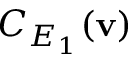
C _ { E _ { 1 } } ( \mathbf { v } )